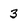
Character: 3